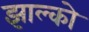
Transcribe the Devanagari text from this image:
झाल्को